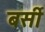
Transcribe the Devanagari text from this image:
बर्सी